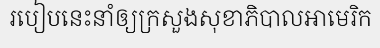
របៀបនេះនាំឲ្យក្រសួងសុខាភិបាលអាមេរិក